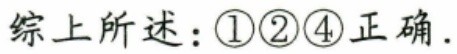
综上所述：\textcircled{1}\textcircled{2}\textcircled{4}正确.